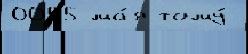
0055 ма́я тому́